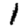
Digit: 1